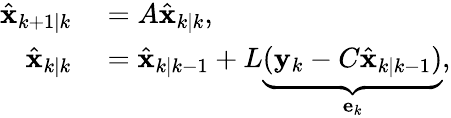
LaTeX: \begin{array}{rl}{\hat{\mathbf{x}}_{k+1|k}}&{{}=A\hat{\mathbf{x}}_{k|k},}\\ {\hat{\mathbf{x}}_{k|k}}&{{}=\hat{\mathbf{x}}_{k|k-1}+L\underbrace{(\mathbf{y}_{k}-C\hat{\mathbf{x}}_{k|k-1})}_{\mathbf{e}_{k}},}\end{array}